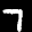
Label: 7